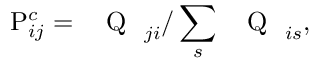
\mathrm { P } _ { i j } ^ { c } = \mathrm { ~ \mathsf ~ { ~ Q ~ } ~ } _ { j i } / \sum _ { s } \mathrm { ~ \mathsf ~ { ~ Q ~ } ~ } _ { i s } ,